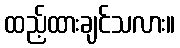
ထည့်ထားချင်သလား။